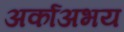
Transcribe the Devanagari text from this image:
अर्काअभय